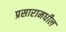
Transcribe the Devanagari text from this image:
प्रसारामधील